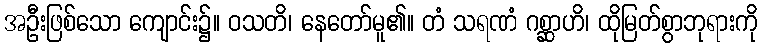
အဦးဖြစ်သော ကျောင်း၌။ ဝသတိ၊ နေတော်မူ၏။ တံ သရဏံ ဂစ္ဆာဟိ၊ ထိုမြတ်စွာဘုရားကို